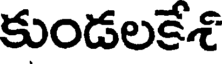
కుండలకేశ